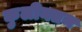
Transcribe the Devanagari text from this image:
कुलीनतम